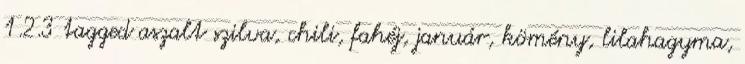
1.2.3 tagged aszalt szilva, chili, fahéj, január, kömény, lilahagyma,